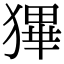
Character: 𤠺